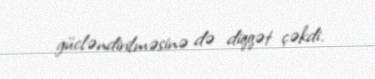
gücləndirilməsinə də diqqət çəkdi.